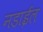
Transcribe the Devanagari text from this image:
नडाईल